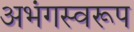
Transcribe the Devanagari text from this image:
अभंगस्वरूप